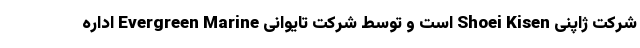
شرکت ژاپنی Shoei Kisen است و توسط شرکت تایوانی Evergreen Marine اداره